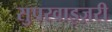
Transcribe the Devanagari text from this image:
सुपरवाइज़री